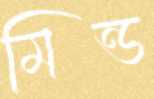
মিন্ড